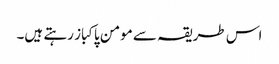
اس طریقہ سے مومن پاکباز رہتے ہیں۔